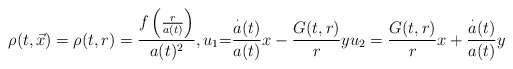
\begin{align*}\rho(t,\vec{x})=\rho(t,r)=\frac{f\left( \frac{r}{a(t)}\right) }{a(t)^{2}},{\normalsize u}_{1}{\normalsize =}\frac{\overset{\cdot}{a}(t)}{a(t)}x-\frac{G(t,r)}{r}yu_{2}=\frac{G(t,r)}{r}x+\frac{\overset{\cdot}{a}(t)}{a(t)}y \end{align*}